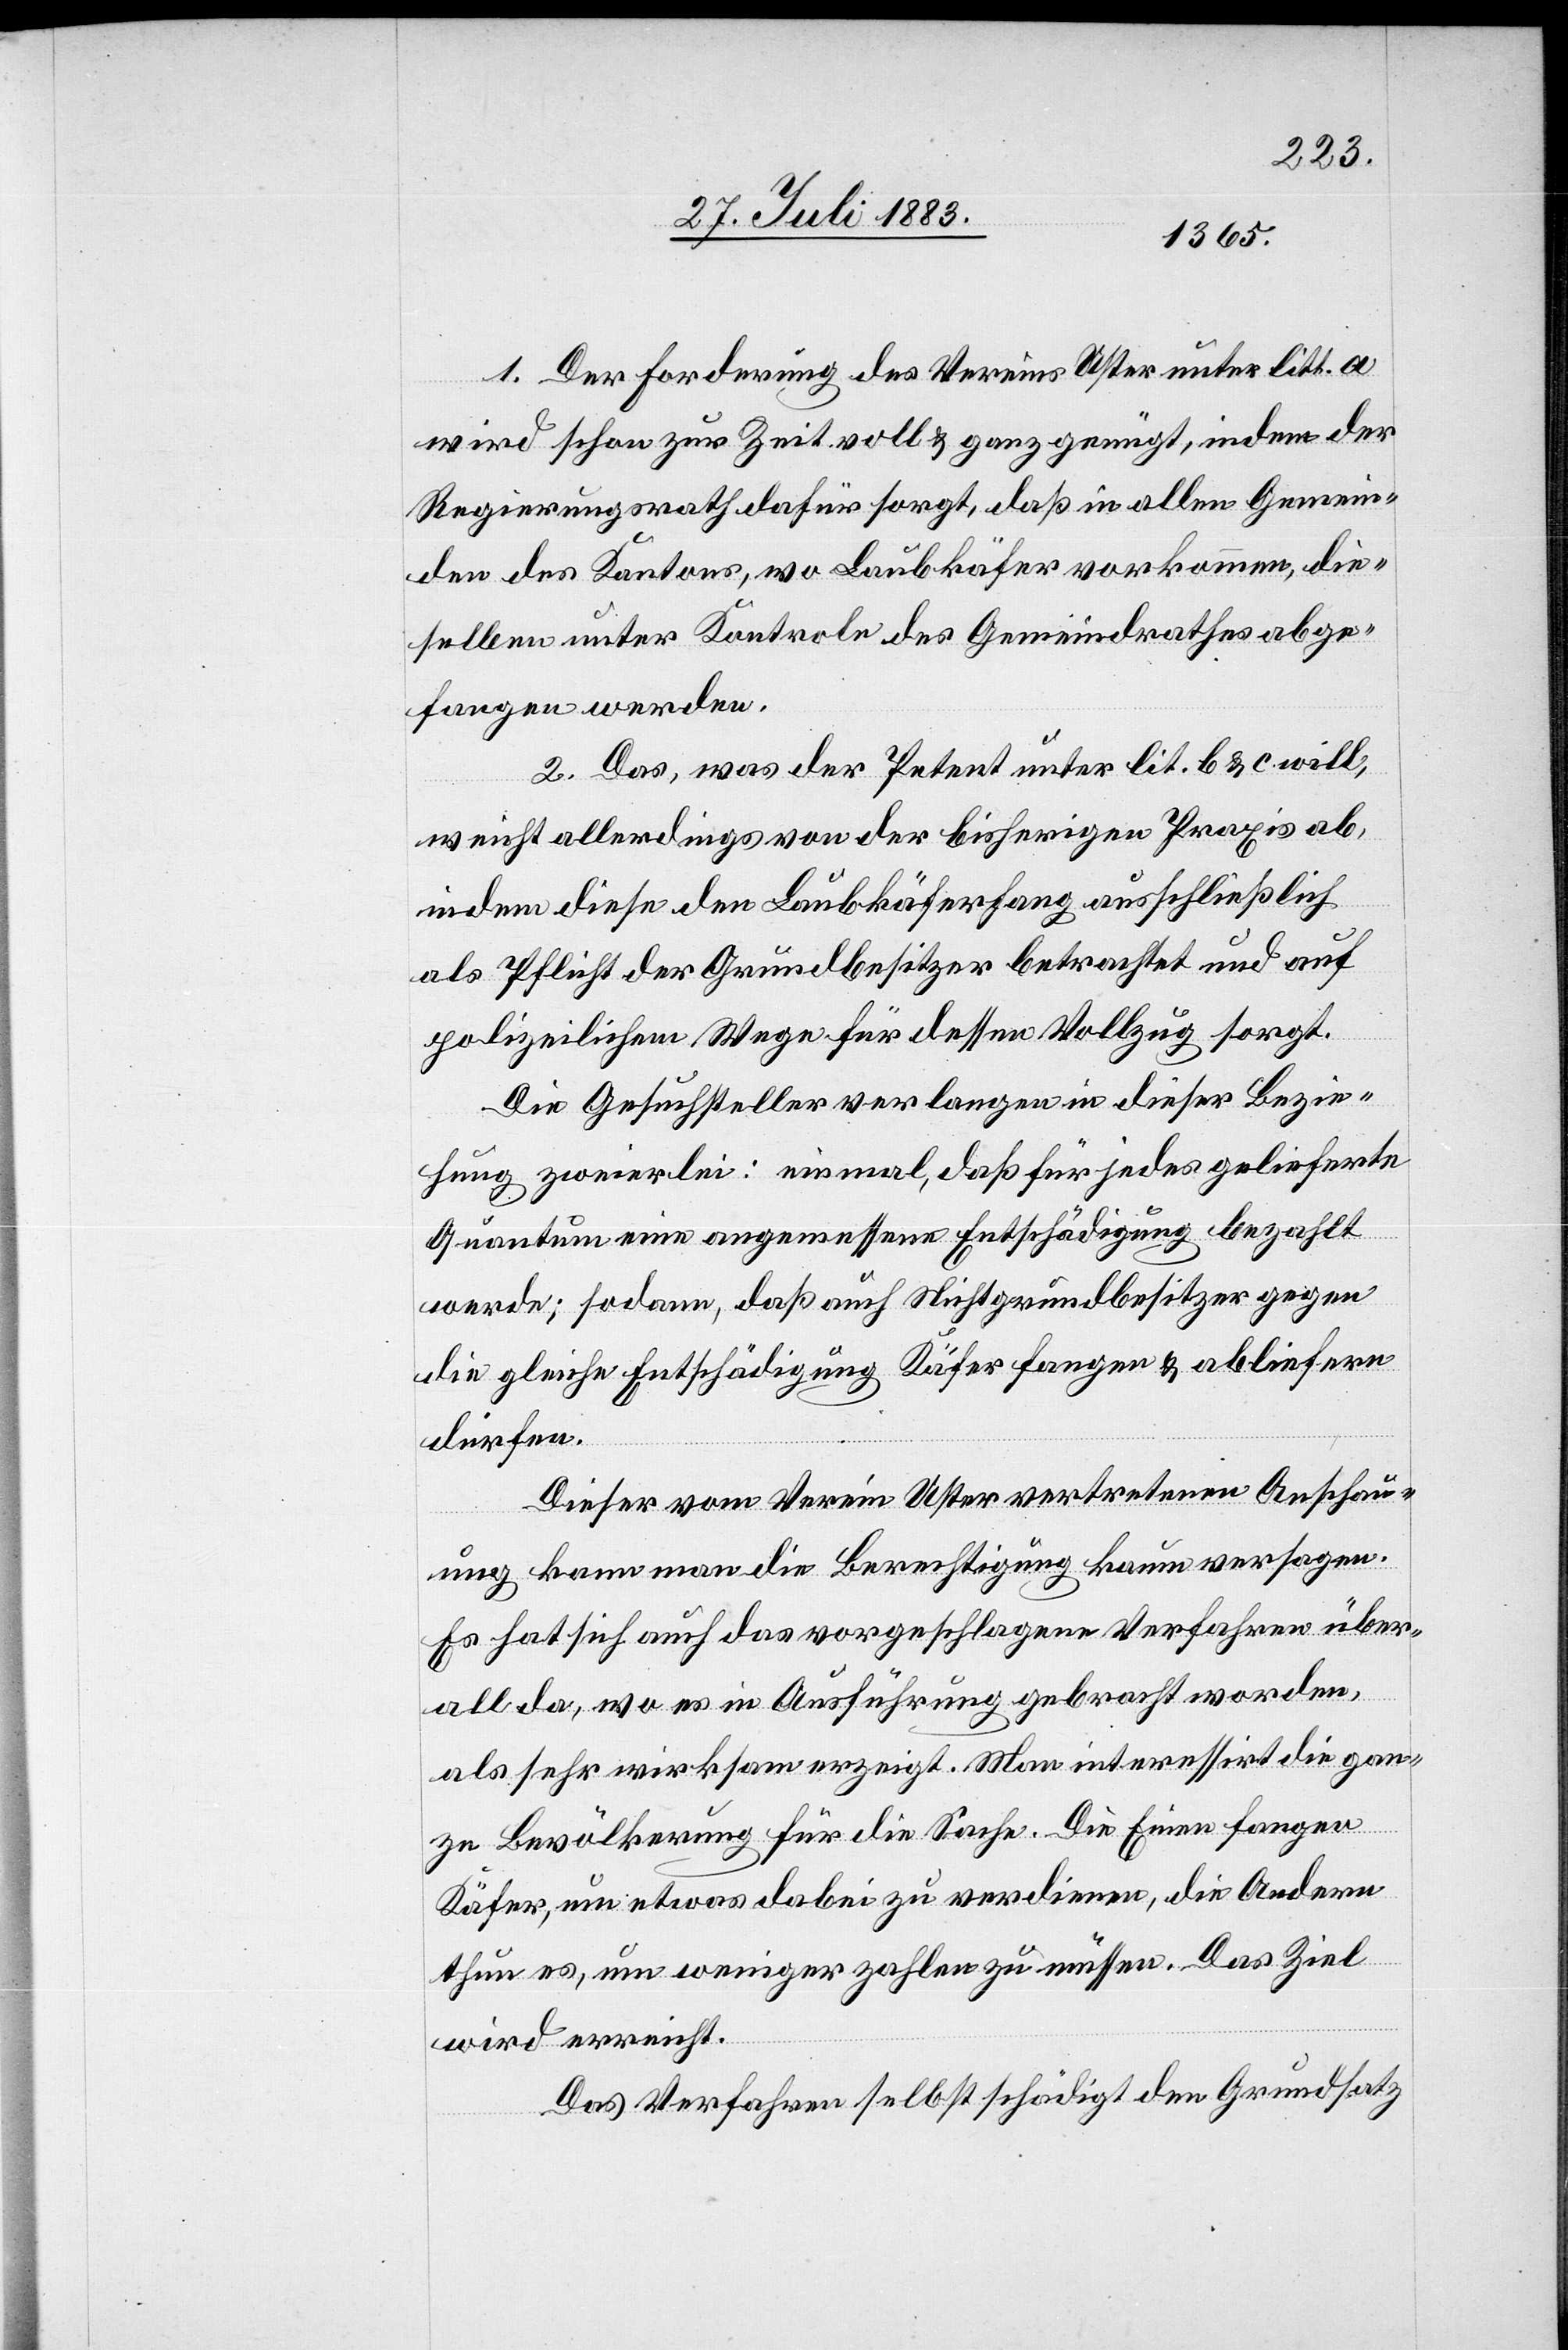
1. Der Forderung des Vereins Uster unter litt. a
wird schon zur Zeit voll & ganz genügt, indem der
Regierungsrath dafür sorgt, daß in allen Gemein¬
den des Kantons, wo Laubkäfer vorkommen, die¬
selben unter Kontrole des Gemeindrathes abge¬
fangen werden.
2. Das, was Petent unter lit. b & c will,
weicht allerdings von der bisherigen Praxis ab,
indem diese den Laubkäferfang ausschließlich
als Pflicht der Grundbesitzer betrachtet und auf
polizeilichem Wege für dessen Vollzug sorgt.
Die Gesuchsteller verlangen in dieser Bezie¬
hung zweierlei: einmal, daß für jedes gelieferte
Quantum eine angemessene Entschädigung bezahlt
werde; sodann, daß auch Nichtgrundbesitzer gegen
die gleiche Entschädigung Käfer fangen & abliefern
dürfen.
Dieser vom Verein Uster vertretenen Anschau¬
ung kann man die Berechtigung kaum versagen.
Es hat sich auch das vorgeschlagene Verfahren über¬
all da, wo es in Ausführung gebracht worden,
als sehr wirksam erzeigt. Man interessirt die gan¬
ze Bevölkerung für die Sache. Die Einen fangen
Käfer, um etwas dabei zu verdienen, die Andern
thun es, um weniger zahlen zu müssen. Das Ziel
wird erreicht.
Das Verfahren selbst schädigt den Grundsatz